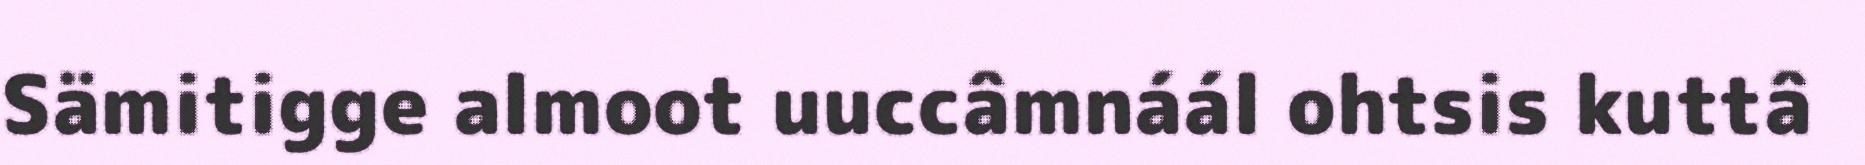
Sämitigge almoot uuccâmnáál ohtsis kuttâ